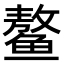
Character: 鳌